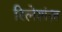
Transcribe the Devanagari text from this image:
रिलेशंज़